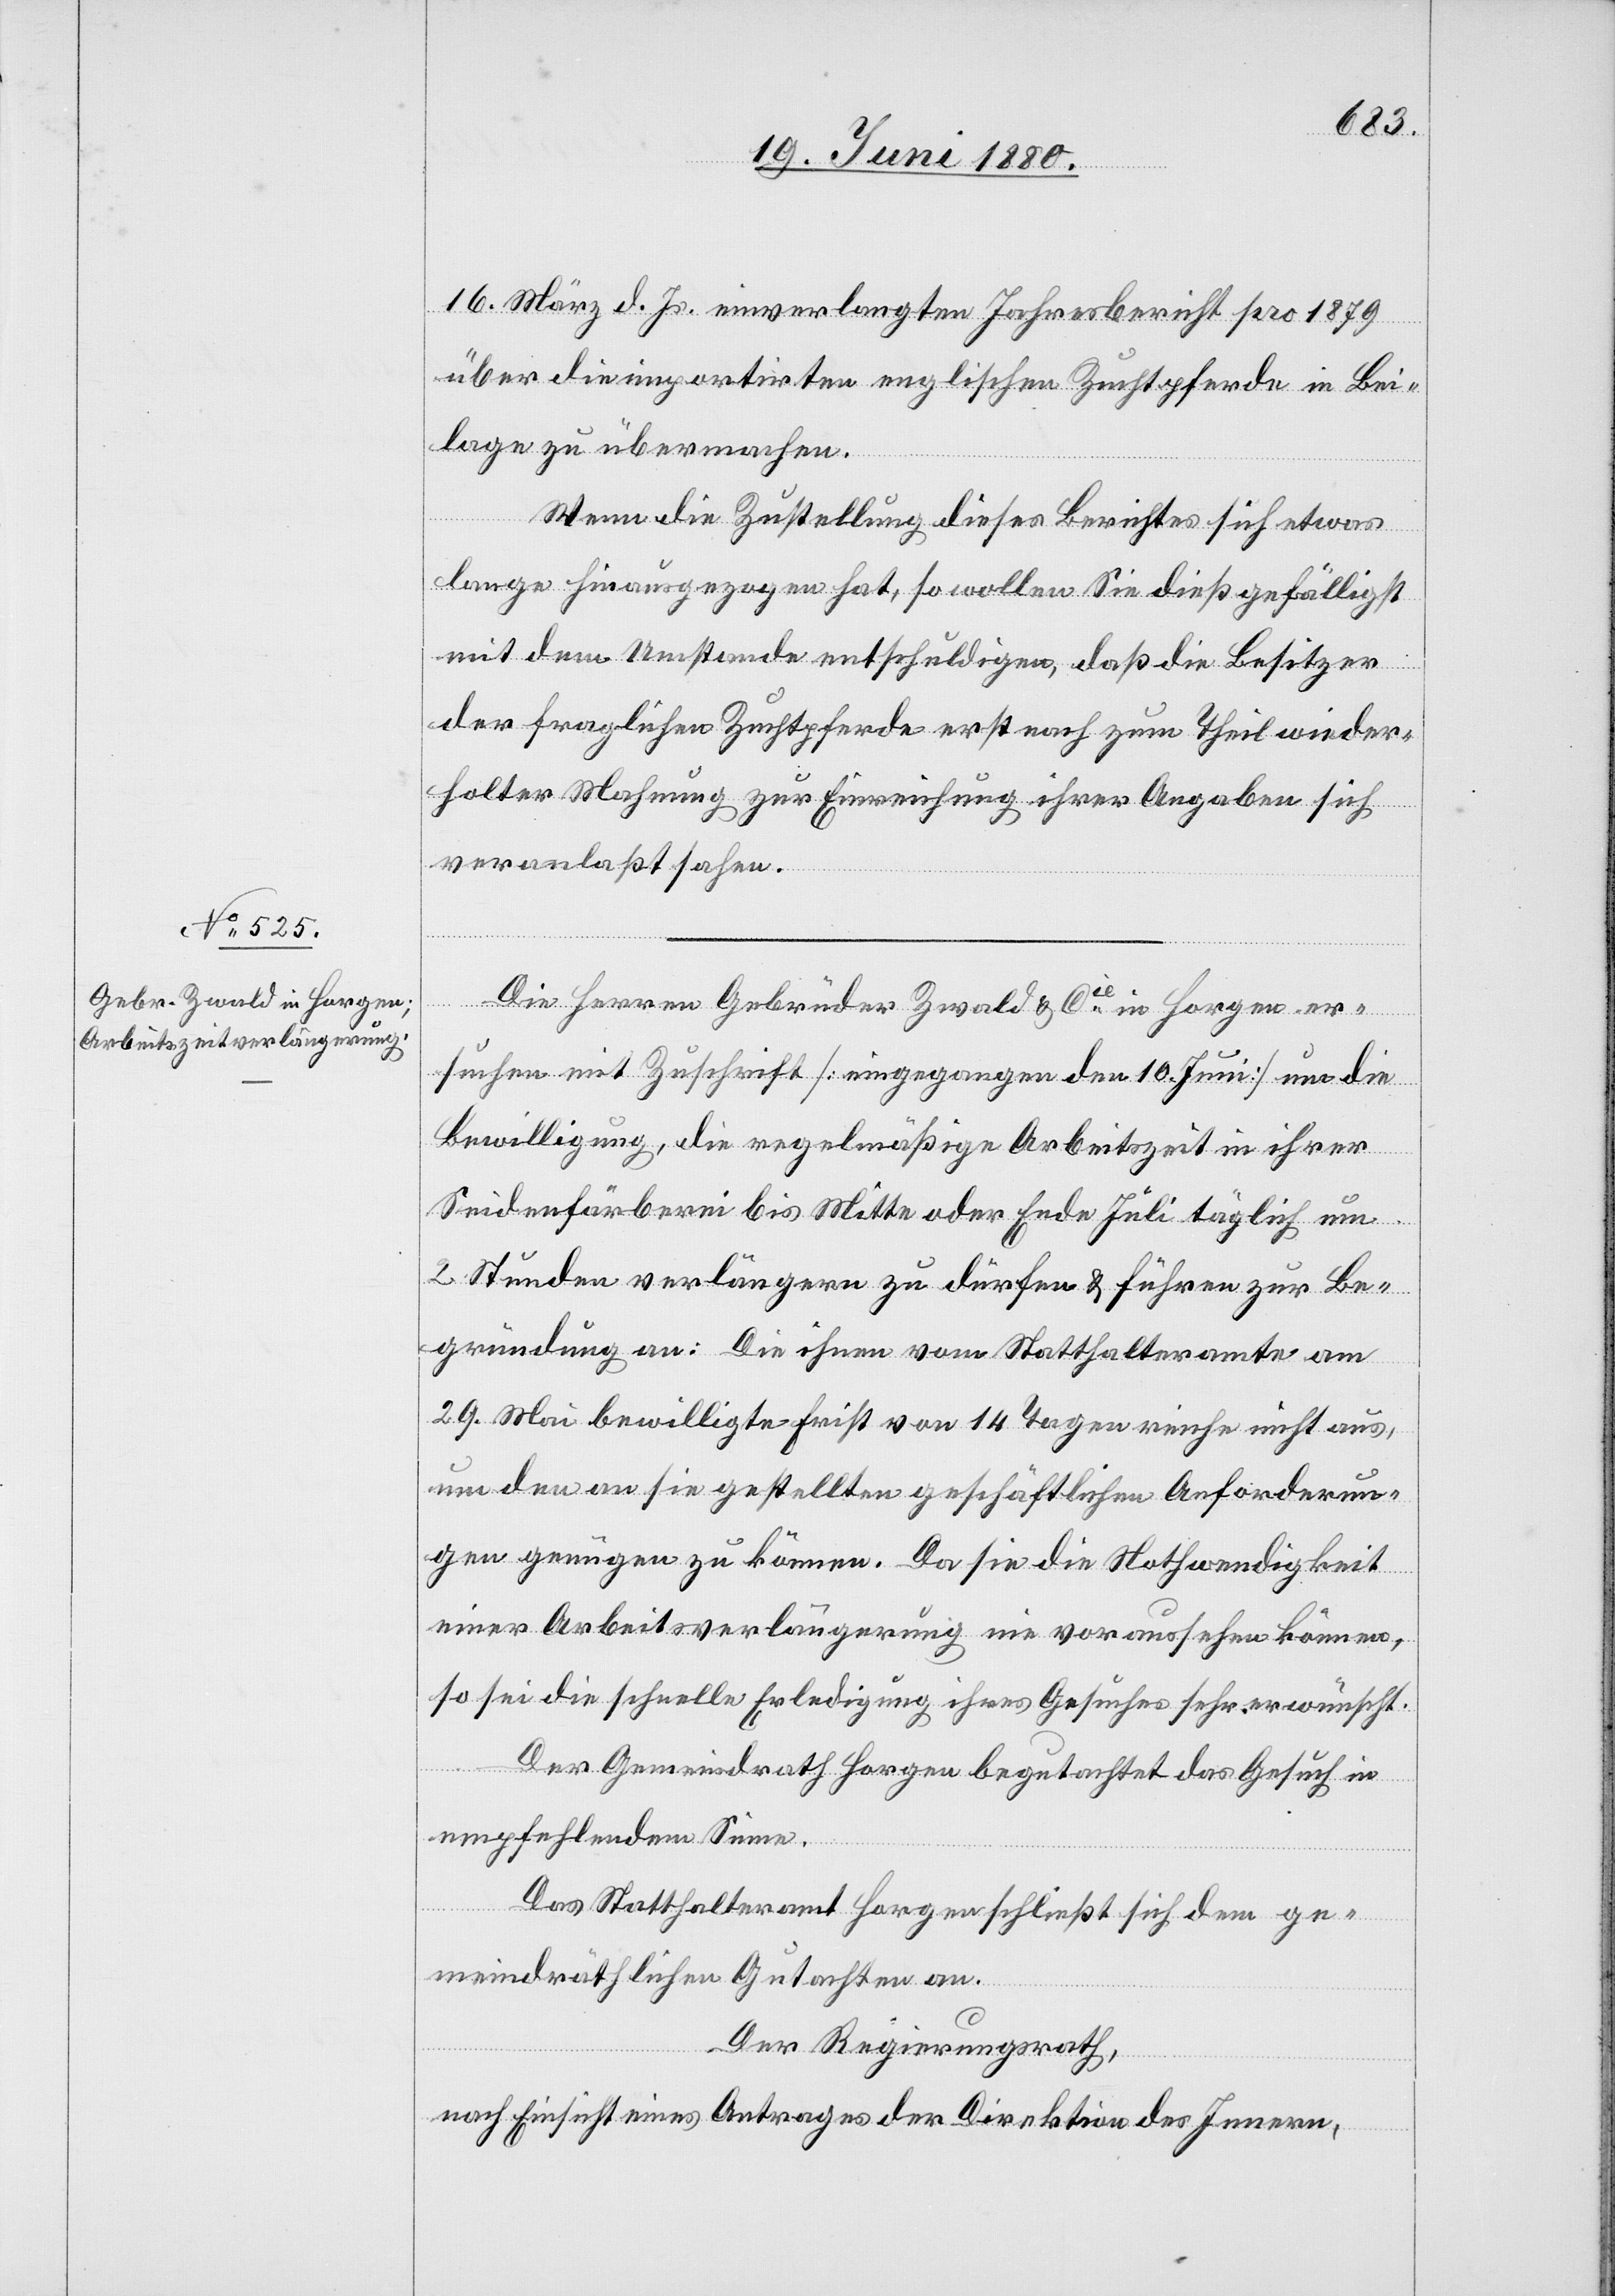
16. März d. Js. einverlangten Jahresbericht pro 1879
über die importirten englischen Zuchtpferde in Bei¬
lage zu übermachen.
Wenn die Zustellung dieses Berichtes sich etwas
lange hinausgezogen hat, so wollen Sie dieß gefälligst
mit dem Umstande entschuldigen, daß die Besitzer
län¬
der fraglichen Zuchtpferde erst nach zum Theil wieder¬
holter Mahnung zur Einreichung ihrer Angaben sich
veranlaßt sahen.
Be¬
&
Die Herren Gebrüder Zwald & Cie in Horgen er¬
suchen mit Zuschrift [eingegangen den 10. Juni] um die
Bewilligung, die regelmäßige Arbeitszeit in ihrer
gründung an: Die ihnen vom Statthalteramte am
29. Mai bewilligte Frist von 14 Tagen reiche nicht aus,
um den an sie gestellten geschäftlichen Anforderun¬
gen genügen zu können. Da sie die Nothwendigkeit
einer Arbeitszeitverlängerung nie voraussehen können,
so sei die schnelle Erledigung ihres Gesuches sehr erwünscht.
Der Gemeindrath Horgen begutachtet das Gesuch in
empfehlendem Sinne.
Das Statthalteramt Horgen schließt sich dem ge¬
meindräthlichen Gutachten an.
Der Regierungsrath,
nach Einsicht eines Antrages der Direktion des Innern,